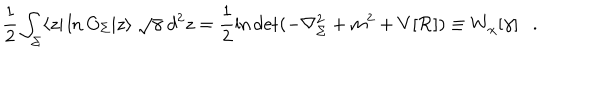
\frac 1 2 \int _ { \Sigma } \langle z | \ln O _ { \Sigma } | z \rangle ~ \sqrt { \gamma } ~ d ^ { 2 } z = \frac 1 2 \ln \det ( - \nabla _ { \Sigma } ^ { 2 } + m ^ { 2 } + V [ { \cal R } ] ) \equiv W _ { \chi } [ \gamma ] .